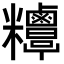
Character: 𥾁